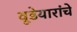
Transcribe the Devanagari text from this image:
वूडेयारांचे